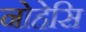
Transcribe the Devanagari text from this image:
नोहेसि